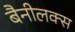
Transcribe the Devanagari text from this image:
बैनीलक्स